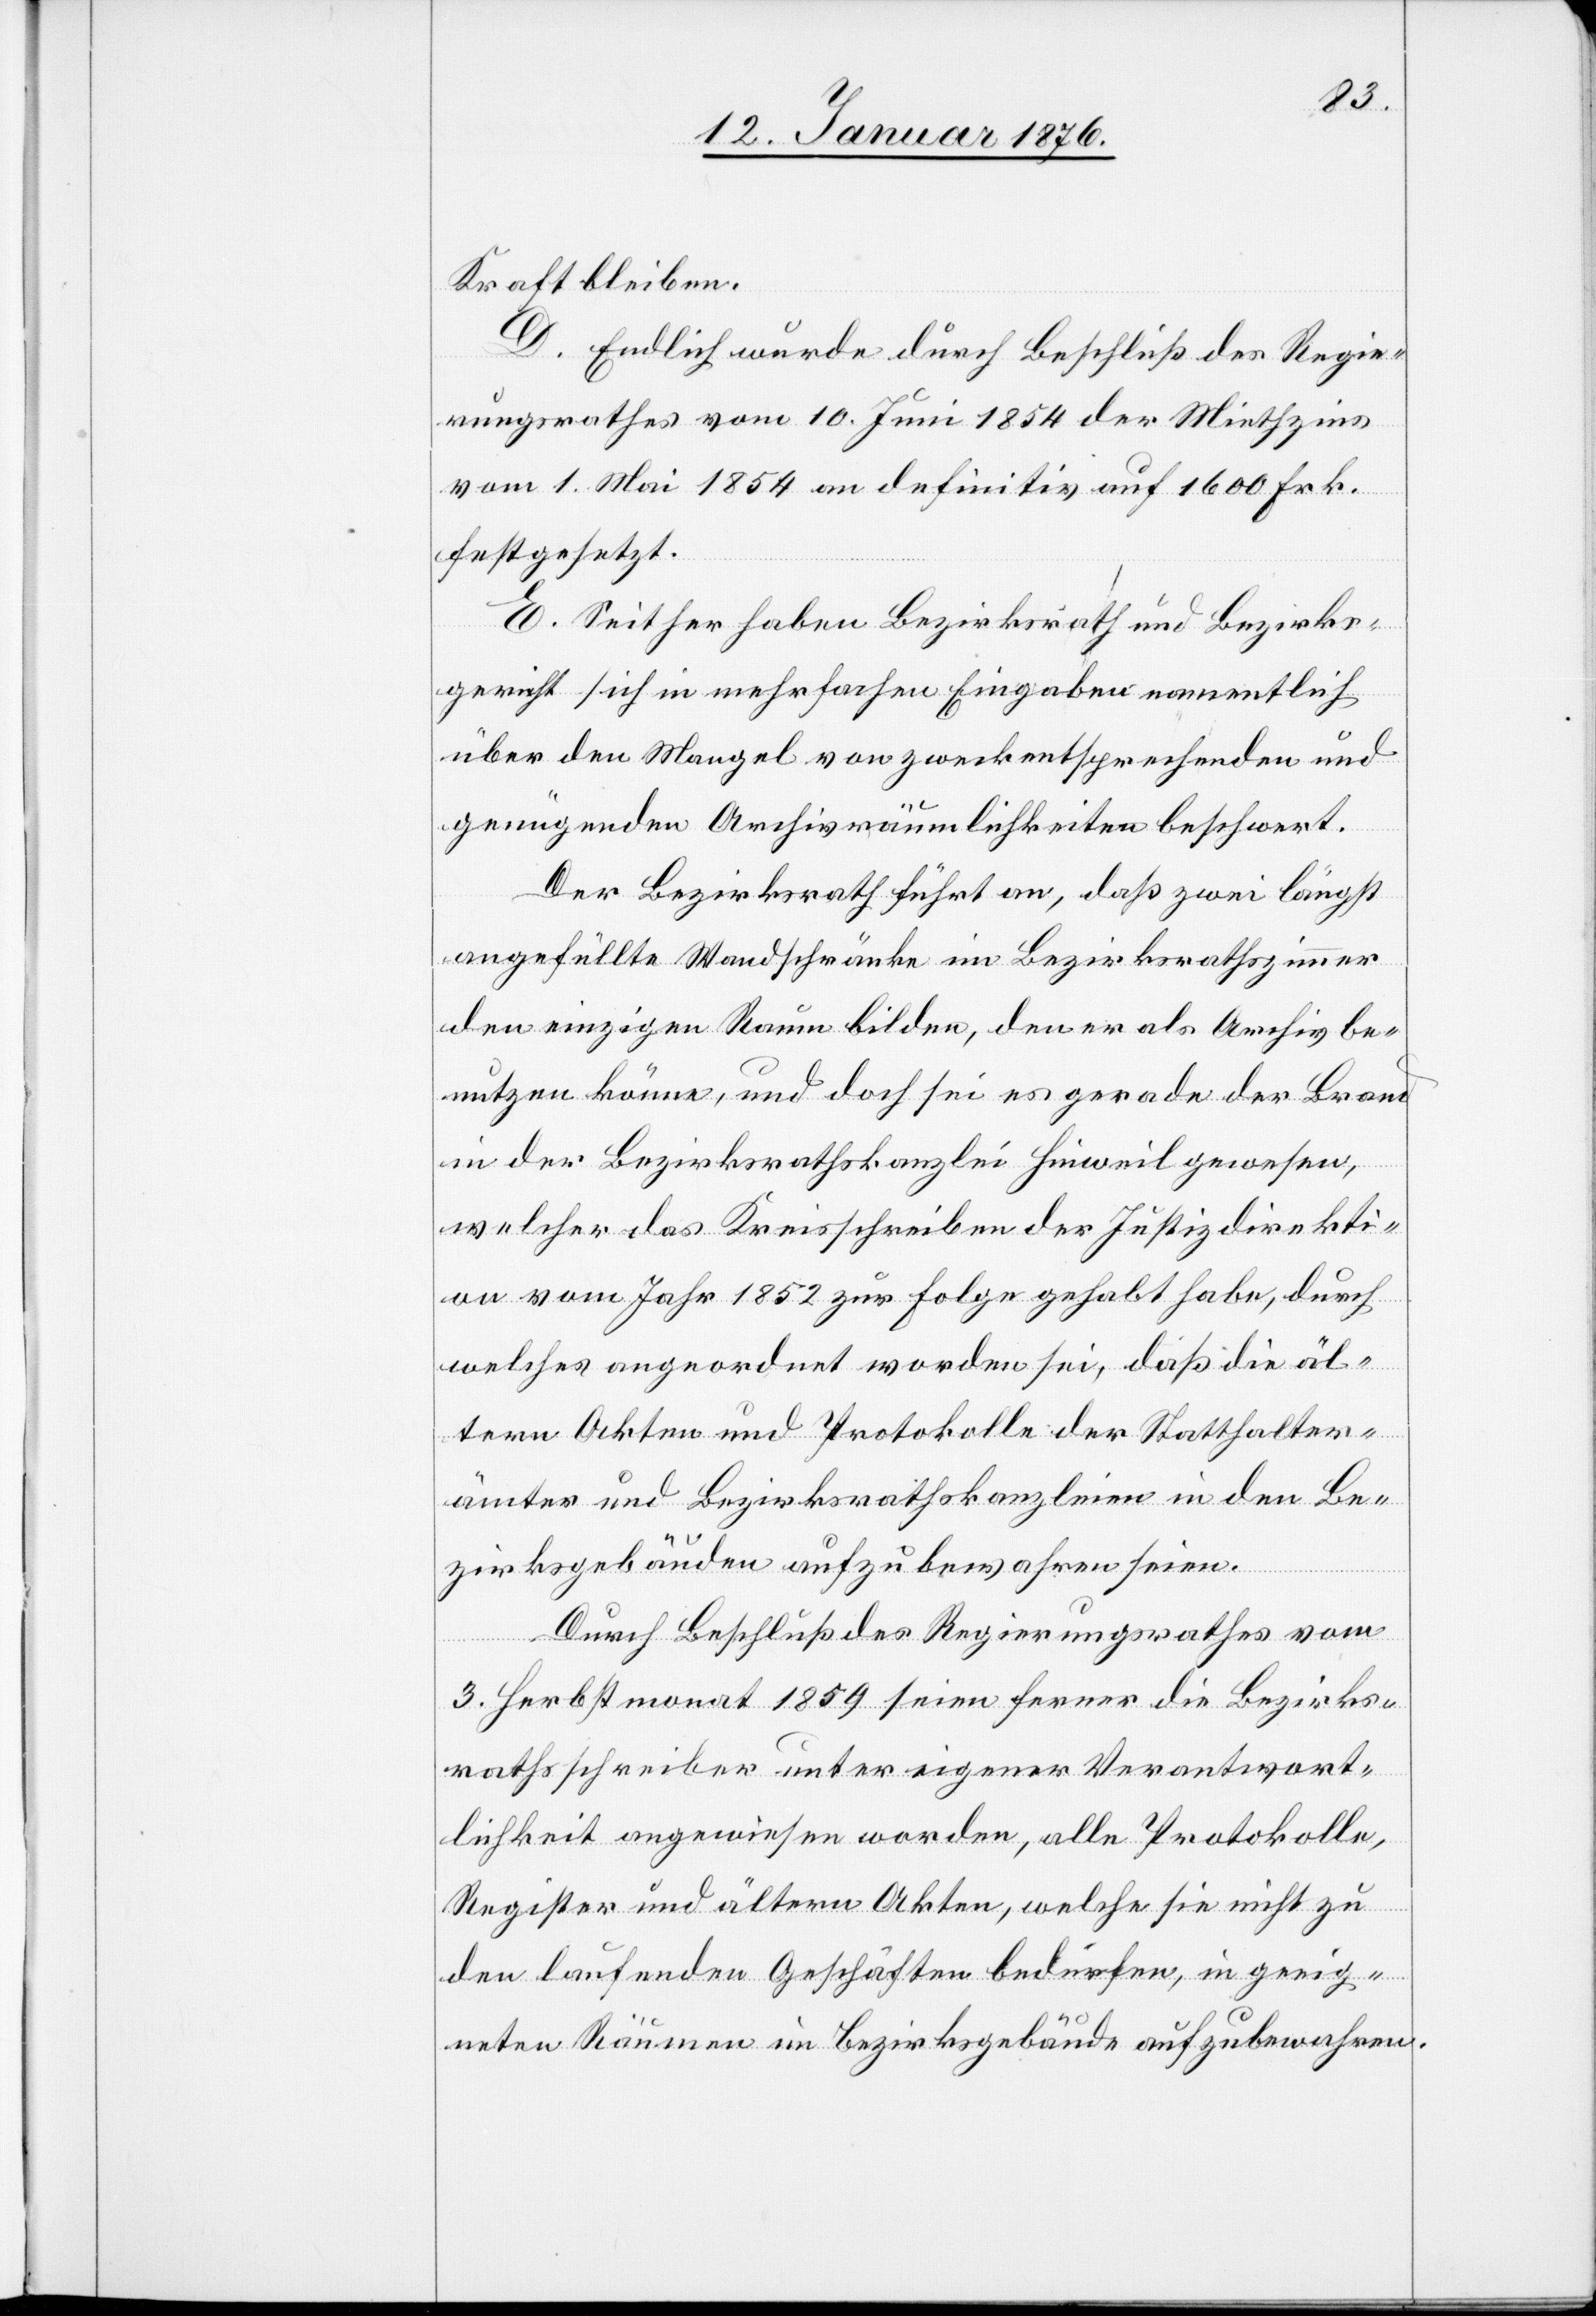
Kraft bleiben.
D. Endlich wurde durch Beschluß des Regie¬
rungsrathes vom 10. Juni 1854 der Miethzins
vom 1. Mai 1854 an definitiv auf 1600 Frk.
festgesetzt.
E. Seither haben Bezirksrath und Bezirks¬
gericht sich in mehrfachen Eingaben namentlich
über den Mangel von zweckentsprechenden und
genügenden Archivräumlichkeiten beschwert.
Der Bezirksrath führt an, daß zwei längst
angefüllte Wandschränke im Bezirksrathszimmer
den einzigen Raum bilden, den er als Archiv be¬
nutzen könne, und doch sei es gerade der Brand
in der Bezirksrathskanzlei Hinweil gewesen,
welcher das Kreisschreiben der Justizdirekti¬
on vom Jahr 1852 zur Folge gehabt habe, durch
welches angeordnet worden sei, daß die äl¬
tern Akten und Protokolle der Statthalter¬
ämter und Bezirksrathskanzleien in den Be¬
zirksgebäuden aufzubewahren seien.
Durch Beschluß des Regierungsrathes vom
3. Herbstmonat 1859 seien ferner die Bezirks¬
rathsschreiber unter eigener Verantwort¬
lichkeit angewiesen worden, alle Protokolle,
Register und ältern Akten, welche sie nicht zu
den laufenden Geschäften bedürfen, in geeig¬
neten Räumen im Bezirksgebäude aufzubewahren.